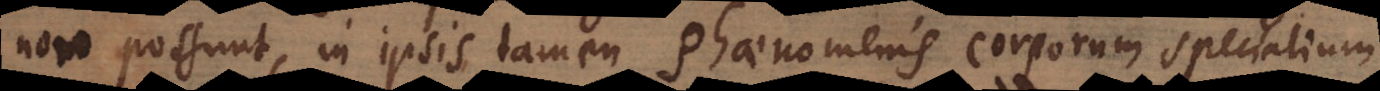
non possunt, in ipsis tamen Phaenomenis corporum specialium